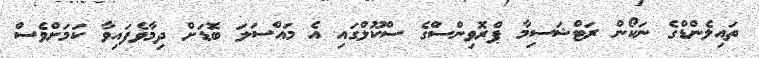
ތައިލެންޑްގެ ނަކޯން ރަޓްޝަސިމާ ޕްރޮވިންސްގެ ސްކޫލްގައި އެ މައްސަލަ ބޮޑަށް ދިމާވެފައިވާ ކަމަށްވެސް